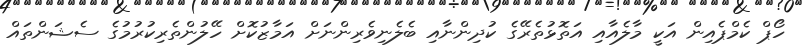
ހޯޕް ކެމްޕެއިން އަކީ މާލެއާއި އަތޮޅުތެރޭގެ ކުދިންނާއި ބެލެނިވެރިންނަށް އަމާޒުކޮށް ހޭލުންތެރިކުރުމުގެ ސެޝަންތައް